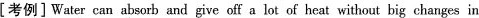
[考例]Water can absorb and give off a lot of heat without big changes in